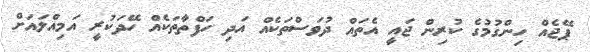
ޕޭޖެއް ހިންގުމުގެ ކުރިން ޖައީ އެތައް ދުވަސްތަކެއް އަދި ހަފްތާތަކެއް ހޭދަކުރީ އަމިއްލައަށް